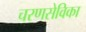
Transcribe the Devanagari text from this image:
चरणसेविका